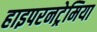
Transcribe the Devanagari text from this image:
हाइपरनट्रेमिया